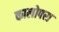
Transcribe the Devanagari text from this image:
कालोपरा